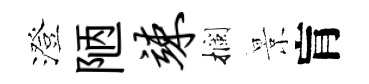
澄陋竦攔景肓